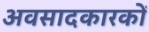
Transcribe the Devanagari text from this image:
अवसादकारकों